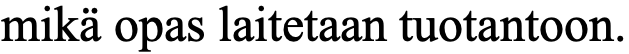
mikä opas laitetaan tuotantoon.